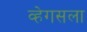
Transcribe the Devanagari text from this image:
व्हेगसला